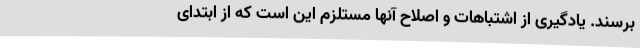
برسند. یادگیری از اشتباهات و اصلاح آنها مستلزم این است که از ابتدای